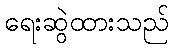
ရေးဆွဲထားသည်